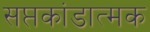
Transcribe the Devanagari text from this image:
सप्तकांडात्मक